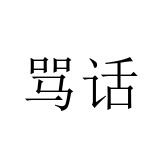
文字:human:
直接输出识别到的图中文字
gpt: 骂话